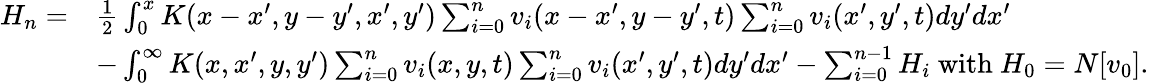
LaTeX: \begin{array}{rl}{H_{n}=}&{\frac{1}{2}\int_{0}^{x}K(x-x^{\prime},y-y^{\prime},x^{\prime},y^{\prime})\sum_{i=0}^{n}v_{i}(x-x^{\prime},y-y^{\prime},t)\sum_{i=0}^{n}v_{i}(x^{\prime},y^{\prime},t)dy^{\prime}dx^{\prime}}\\ &{-\int_{0}^{\infty}K(x,x^{\prime},y,y^{\prime})\sum_{i=0}^{n}v_{i}(x,y,t)\sum_{i=0}^{n}v_{i}(x^{\prime},y^{\prime},t)dy^{\prime}dx^{\prime}-\sum_{i=0}^{n-1}H_{i}\mathrm{~with~}H_{0}=N[v_{0}].}\end{array}